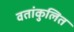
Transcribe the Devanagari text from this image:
वतांकुलित